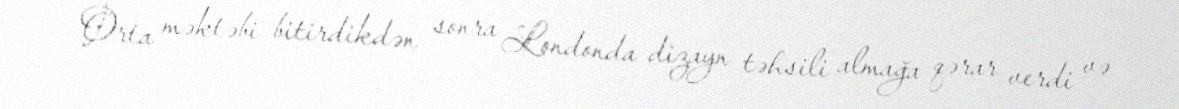
Orta məktəbi bitirdikdən sonra Londonda dizayn təhsili almağa qərar verdi və